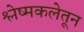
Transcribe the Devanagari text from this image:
श्लेष्मकलेतून